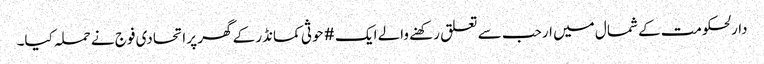
دارلحکومت کے شمال میں ارحب سے تعلق رکھنے والے ایک #حوثی کمانڈر کے گھر پر اتحادی فوج نے حملہ کیا۔